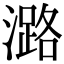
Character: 潞